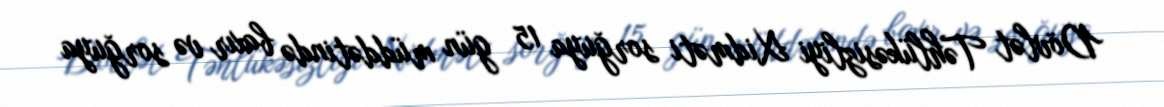
Dövlət Təhlükəsizliyi Xidməti sorğuya 15 gün müddətində baxır və sorğuya